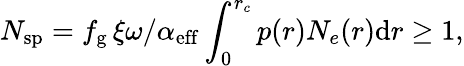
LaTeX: N_{\mathrm{sp}}=f_{\mathrm{g}}\, \xi\omega/\alpha_{\mathrm{eff}}\int_{0}^{r_{c}}p(r)N_{e}(r)\mathrm{d}r\geq 1,